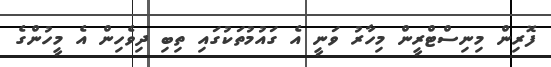
ފޮރިން މިނިސްޓްރީން މިހާރު ވަނީ އެ ގައުމުތަކުގައި ތިބި ދިވެހިން އެ މީހުންގެ